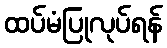
ထပ်မံပြုလုပ်ရန်